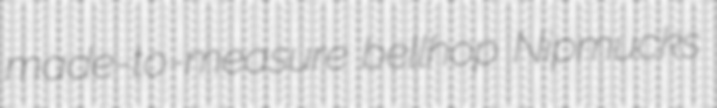
made-to-measure bellhop Nipmucks